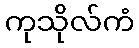
ကုသိုလ်ကံ